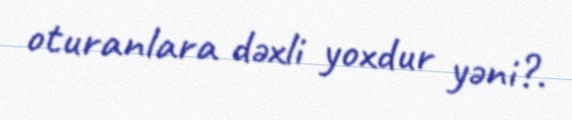
oturanlara dəxli yoxdur yəni?.